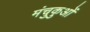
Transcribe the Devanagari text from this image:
मंचुकुओं